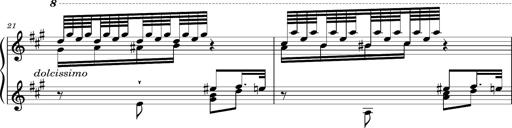
Title: Ungarischer Romanzero
Composer: Franz Liszt